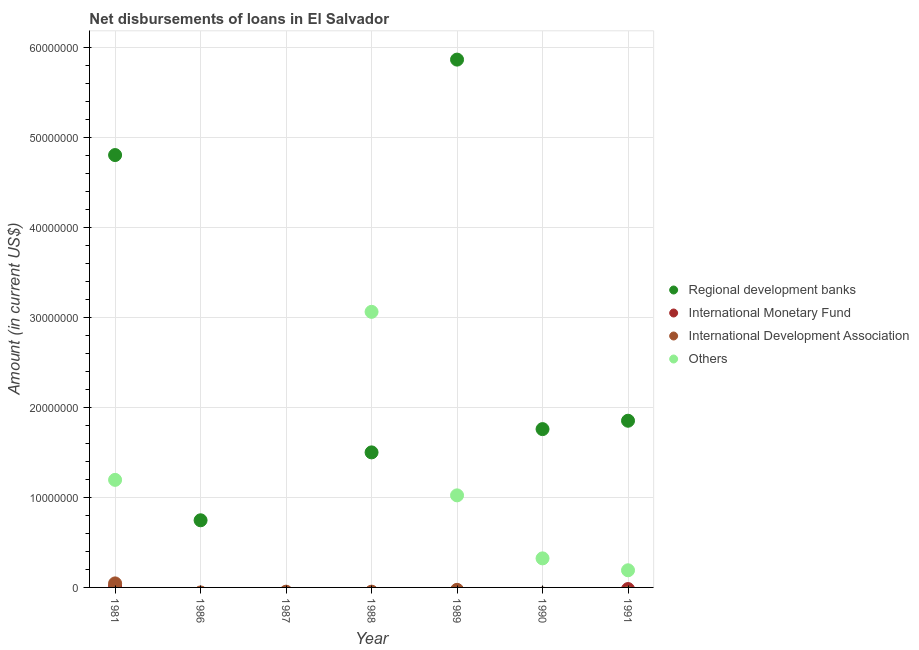
| Year | Regional development banks | International Monetary Fund | International Development Association | Others |
 | --- | --- | --- | --- | --- |
 | 1981 | 4.8e+07 | 1.56e+05 | 4.47e+05 | 1.2e+07 |
 | 1986 | 7.46e+06 | -4.59e+06 | -5.59e+05 | -3.54e+06 |
 | 1987 | -1.97e+06 | -5.12e+06 | -4.73e+05 | -3.79e+06 |
 | 1988 | 1.5e+07 | -5.26e+06 | -4.73e+05 | 3.06e+07 |
 | 1989 | 5.87e+07 | -5.02e+06 | -2.68e+05 | 1.02e+07 |
 | 1990 | 1.76e+07 | -5.31e+06 | -6.78e+05 | 3.23e+06 |
 | 1991 | 1.85e+07 | -1.81e+05 | -6e+05 | 1.90e+06 |